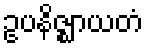
ဥပနိဇ္ဈာယတံ